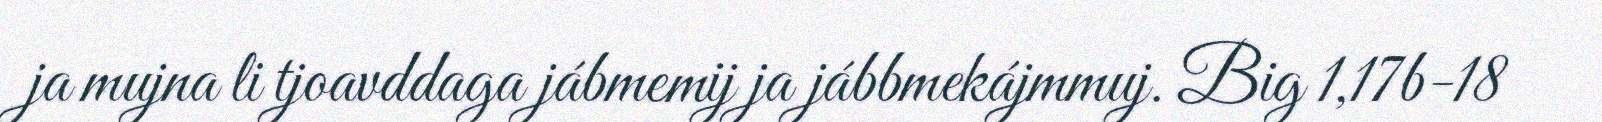
ja mujna li tjoavddaga jábmemij ja jábbmekájmmuj. Big 1,17b-18